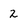
Character: 2